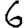
Digit: 6